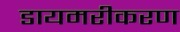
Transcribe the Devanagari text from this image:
डायमरीकरण